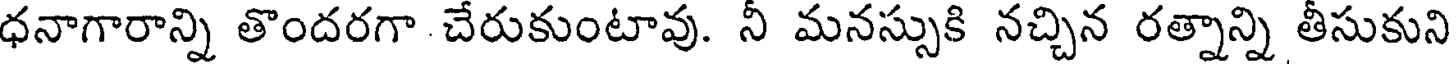
ధనాగారాన్ని తొందరగా చేరుకుంటావు. నీ మనస్సుకి నచ్చిన రత్నాన్ని తీసుకుని